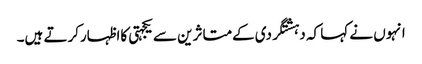
انہوں نے کہا کہ دہشتگردی کےمتاثرین سے یکجہتی کااظہارکرتے ہیں۔